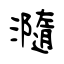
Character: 瀡